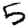
Digit: 5